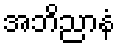
အဘိညာနံ